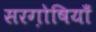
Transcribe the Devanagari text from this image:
सरग़ोषियाँ